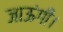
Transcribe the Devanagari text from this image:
जाऊंगीं।